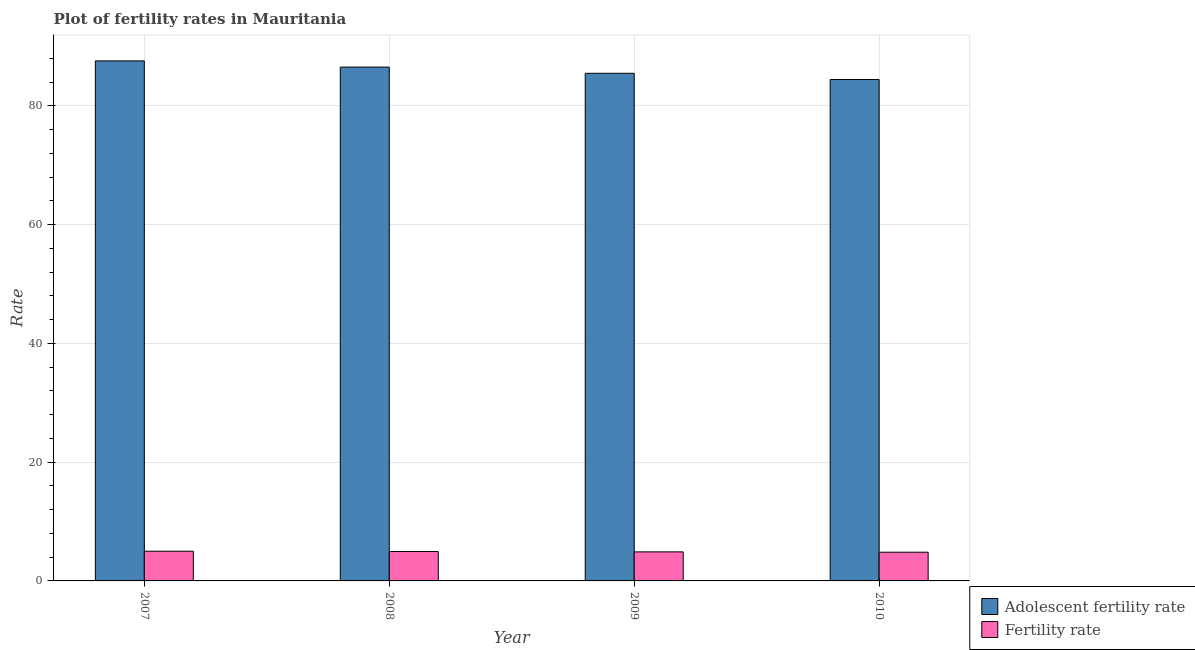
| Year | Adolescent fertility rate | Fertility rate |
 | --- | --- | --- |
 | 2007 | 87.6 | 5 |
 | 2008 | 86.5 | 4.95 |
 | 2009 | 85.5 | 4.89 |
 | 2010 | 84.4 | 4.83 |